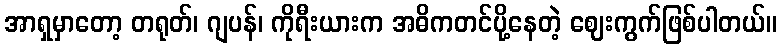
အာရှမှာတော့ တရုတ်၊ ဂျပန်၊ ကိုရီးယားက အဓိကတင်ပို့နေတဲ့ ဈေးကွက်ဖြစ်ပါတယ်။